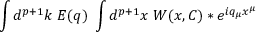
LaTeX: \int d ^ { p + 1 } k \; E ( q ) \; \int d ^ { p + 1 } x \; W ( x , C ) \ast e ^ { i q _ { \mu } x ^ { \mu } }